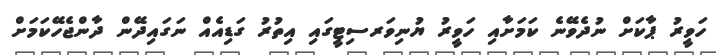
ހަވީރު ޕާކަށް ނުދެވޭނެ ކަމަށާއި ހަވީރު ޔުނިވަރސިޓީގައި އިތުރު ގަޑިއެއް ނަގައިދޭން ދާންޖެހޭކަމަށް